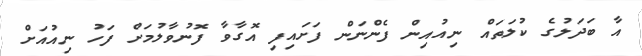
އާ ބަދަލުގެ ކުލަތައް ނިއުއިން ފެންނަން ފަށައިފި އޮގާވާ ފޮނުވާލުމަށް ފަހު ނިއުއަށް